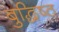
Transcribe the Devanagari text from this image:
बुद्धिष्‍ठ